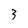
Character: 3